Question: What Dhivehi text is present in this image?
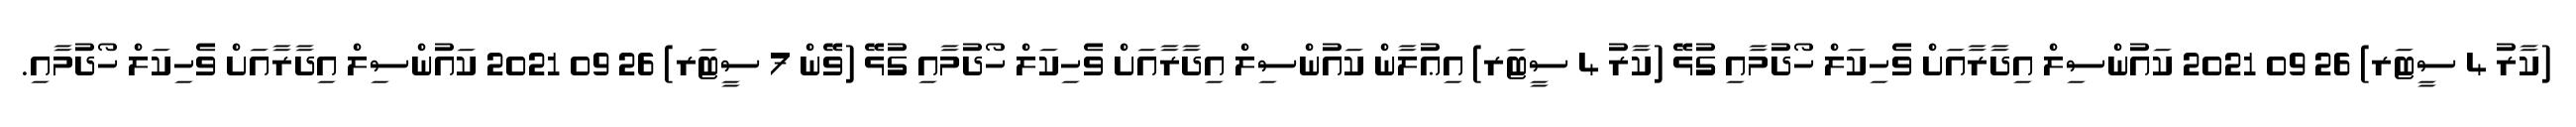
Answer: (ކާރު 4 ސީޓަރ) 26 09 2021 ކައުންސިލް އިދާރާއަށް ވެހިކަލް ހޯދުމާއި ގުޅޭ (ކާރު 4 ސީޓަރ) އިޢުލާން ކައުންސިލް އިދާރާއަށް ވެހިކަލް ހޯދުމާއި ގުޅޭ (ވޭން 7 ސީޓަރ) 26 09 2021 ކައުންސިލް އިދާރާއަށް ވެހިކަލް ހޯދުމާއި.